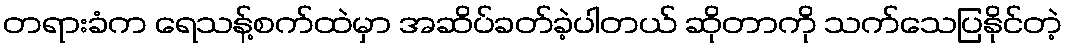
တရားခံက ရေသန့်စက်ထဲမှာ အဆိပ်ခတ်ခဲ့ပါတယ် ဆိုတာကို သက်သေပြနိုင်တဲ့